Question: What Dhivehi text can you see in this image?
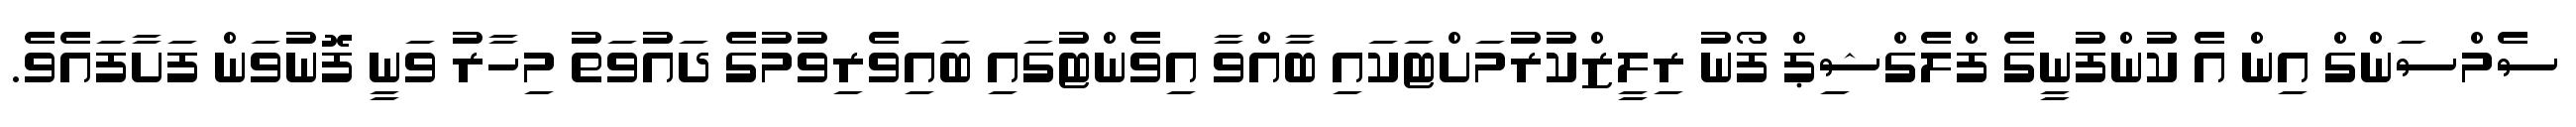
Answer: ސެމްސަންގް އިން އެ ކުންފުނީގެ ފްލެގްޝިޕް ފޯނު ރިލީޒްކުރުމަށްޓަކައި ބާއްވާ އިވެންޓުގައި ބައިވެރިވުމުގެ ދައުވަތު މިހާރު ވަނީ ފޮނުވަން ފަށާފައެވެ.